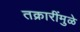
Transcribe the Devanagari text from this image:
तक्रारींमुळे